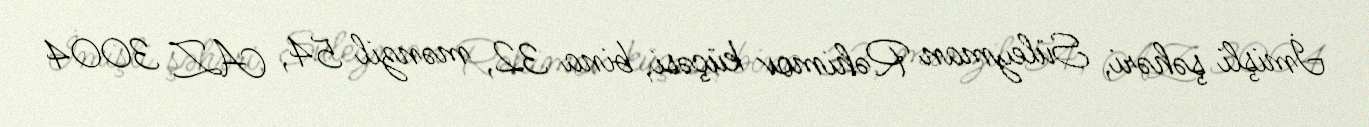
İmişli şəhəri, Süleyman Rəhimov küçəsi, bina 32, mənzil 54, AZ 3004